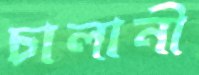
চালানী